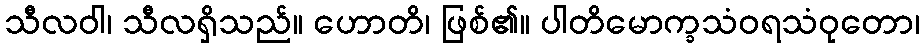
သီလဝါ၊ သီလရှိသည်။ ဟောတိ၊ ဖြစ်၏။ ပါတိမောက္ခသံဝရသံဝုတော၊